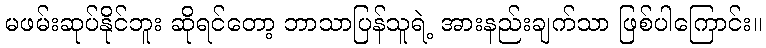
မဖမ်းဆုပ်နိုင်ဘူး ဆိုရင်တော့ ဘာသာပြန်သူရဲ့ အားနည်းချက်သာ ဖြစ်ပါကြောင်း။